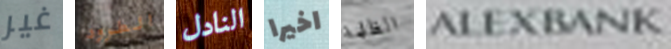
غير الطرود النادل اخيرا الظلمة ALEXBANK